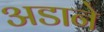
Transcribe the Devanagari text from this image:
अडाने